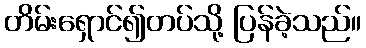
တိမ်းရှောင်၍တပ်သို့ ပြန်ခဲ့သည်။